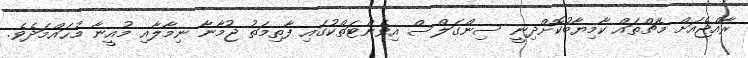
ރާއްޖެއަށް މެޗްތައް ކާމިޔާބުކޮށްދިނީ ސިންގަލްސް އިވެންޓަތްކުގައި ފާތިމަތު ޖުމާނާ ނިމާލާއި މުއީނާ މުޙައްމަދެވެ.